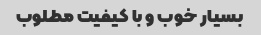
بسیار خوب و با کیفیت مطلوب